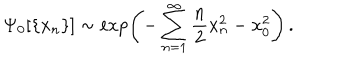
LaTeX: \Psi _ { 0 } [ \{ x _ { n } \} ] \sim \exp \left( - \sum _ { n = 1 } ^ { \infty } \frac { n } { 2 } x _ { n } ^ { 2 } - x _ { 0 } ^ { 2 } \right) \, .